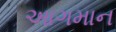
આગમાન